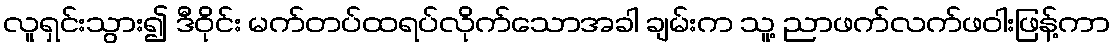
လူရှင်းသွား၍ ဒီဝိုင်း မက်တပ်ထရပ်လိုက်သောအခါ ချမ်းက သူ့ ညာဖက်လက်ဖဝါးဖြန့်ကာ